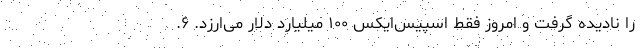
را نادیده گرفت و امروز فقط اسپیس‌ایکس ۱۰۰ میلیارد دلار می‌ارزد. ۶.